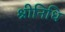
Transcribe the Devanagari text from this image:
श्रीनिधि